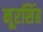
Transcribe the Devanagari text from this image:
नूरसिंह